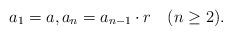
LaTeX: \begin{align*}a_1=a, a_n=a_{n-1}\cdot r \quad(n\geq2).\end{align*}